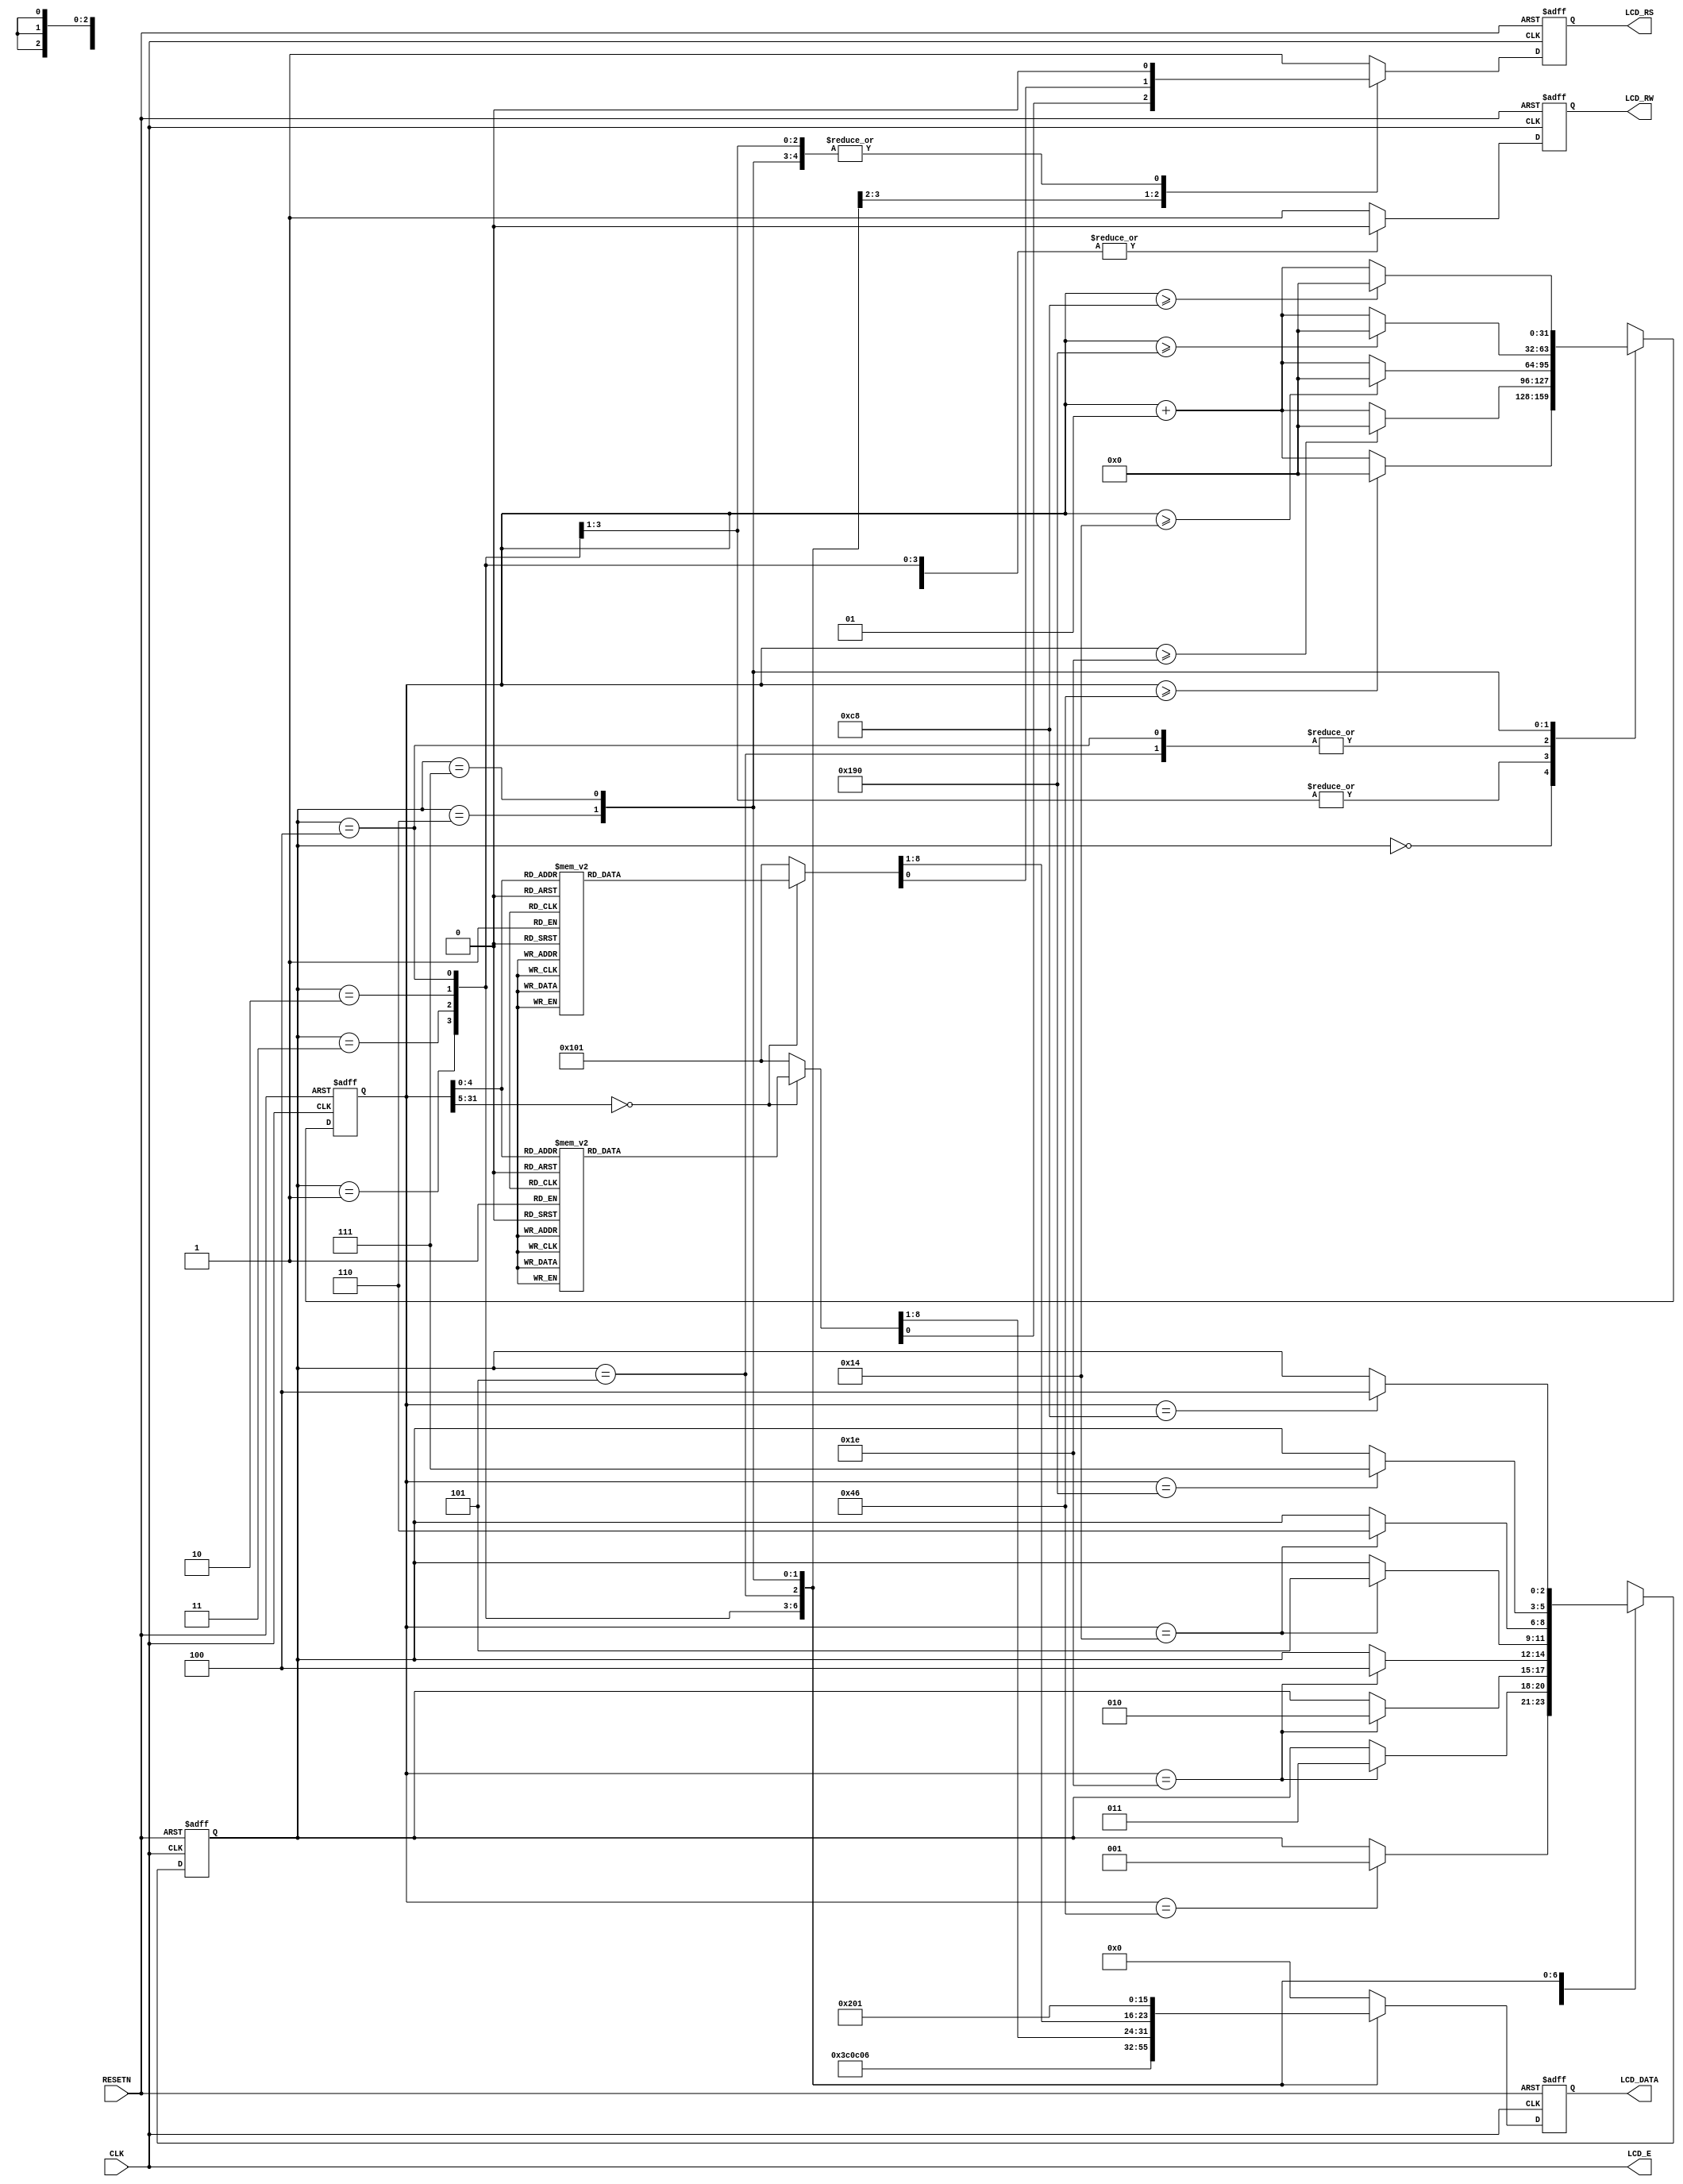
module before_game(
RESETN, CLK, LCD_E, LCD_RS, LCD_RW, LCD_DATA);

input RESETN, CLK;
output LCD_E, LCD_RS, LCD_RW;
output [7:0]LCD_DATA;

wire LCD_E;
reg LCD_RS, LCD_RW;
reg [7:0]LCD_DATA;
reg [2:0]STATE;
parameter DELAY = 3'b000,	FUNCTION_SET = 3'b001,
			ENTRY_MODE = 3'b010, DISP_ONOFF = 3'b011,
			LINE1 = 3'b100, LINE2 = 3'b101,
			DELAY_T = 3'b110, CLEAR_DISP = 3'b111;

integer CNT;

always @(posedge RESETN or posedge CLK)
begin
	if(RESETN)	STATE = DELAY;
	else
		begin
			case (STATE)
				DELAY: if(CNT==70) STATE=FUNCTION_SET;
				FUNCTION_SET: if(CNT==30) STATE=DISP_ONOFF;
				DISP_ONOFF: if(CNT==30) STATE = ENTRY_MODE;
				ENTRY_MODE: if(CNT==30) STATE=LINE1;
				LINE1: if(CNT==20) STATE=LINE2;
				LINE2: if(CNT==20) STATE=DELAY_T;
				DELAY_T: if(CNT==400) STATE = CLEAR_DISP;
				CLEAR_DISP: if(CNT==200) STATE=LINE1;
				default: STATE=DELAY;
			endcase
		end
end

always @(posedge RESETN or posedge CLK)
begin
	if(RESETN) CNT = 0;
	else
		begin
			case(STATE)
				DELAY: if(CNT>=70) CNT = 0;
						else CNT = CNT+1;
				FUNCTION_SET: if(CNT>=30) CNT = 0;
									else CNT = CNT + 1;
				DISP_ONOFF: if(CNT>=30) CNT = 0;
								else CNT = CNT+1;
				ENTRY_MODE: if(CNT>=30) CNT = 0;
								else CNT = CNT+1;
				LINE1: if(CNT>=20) CNT = 0;
								else CNT = CNT+1;
				LINE2: if(CNT>=20) CNT = 0;
								else CNT = CNT+1;
				DELAY_T: if(CNT>=400) CNT = 0;
								else CNT = CNT+1;
				CLEAR_DISP: if(CNT>=200) CNT = 0;
								else CNT = CNT+1;
				default: CNT=0;
			endcase
		end
end

always @(posedge RESETN or posedge CLK)
begin
	if(RESETN) begin
		LCD_RS = 1'b0;
		LCD_RW = 1'b1;
		LCD_DATA = 8'b00000000;
		end
	else begin
		case(STATE)
			FUNCTION_SET: begin
				LCD_RS = 1'b0; LCD_RW = 1'b0;
				LCD_DATA = 8'b00111100;
				end
			DISP_ONOFF: begin
				LCD_RS = 1'b0; LCD_RW = 1'b0;
				LCD_DATA = 8'b00001100;
				end
			ENTRY_MODE: begin
				LCD_RS = 1'b0; LCD_RW = 1'b0;
				LCD_DATA = 8'b00000110;
				end
			LINE1: begin
				LCD_RW = 1'b0;
				
				case(CNT)
					0:begin
						LCD_RS = 1'b0; LCD_DATA = 8'b10000000;
					end
					1:begin
						LCD_RS = 1'b1; LCD_DATA = 8'b10000000;
						end
					2:begin
						LCD_RS = 1'b1; LCD_DATA = 8'b01001111;
					end
					3:begin
						LCD_RS = 1'b1; LCD_DATA = 8'b01101110;
						end
					4:begin
						LCD_RS = 1'b1; LCD_DATA = 8'b10000000;
						end
					5:begin
						LCD_RS = 1'b1; LCD_DATA = 8'b01110011;
						end
					6:begin
						LCD_RS = 1'b1; LCD_DATA = 8'b01110111;
						end
					7:begin
						LCD_RS = 1'b1; LCD_DATA = 8'b01101001;
						end
					8:begin
						LCD_RS = 1'b1; LCD_DATA = 8'b01110100;
						end
					9:begin
						LCD_RS = 1'b1; LCD_DATA = 8'b01100011;
						end
					10:begin
						LCD_RS = 1'b1; LCD_DATA = 8'b01101000;
						end
					11:begin
						LCD_RS = 1'b1; LCD_DATA = 8'b10000000;
						end
					12:begin
						LCD_RS = 1'b1; LCD_DATA = 8'b00111000;
						end
					13:begin
						LCD_RS = 1'b1; LCD_DATA = 8'b10000000;
						end
					14:begin
						LCD_RS = 1'b1; LCD_DATA = 8'b10000000;
						end
					15:begin
						LCD_RS = 1'b1; LCD_DATA = 8'b10000000;
						end
					16:begin
						LCD_RS = 1'b1; LCD_DATA = 8'b10000000;
						end
					default:begin
						LCD_RS = 1'b1; LCD_DATA = 8'b10000000;
						end
					endcase
				end
			LINE2: begin
				
				LCD_RW = 1'b0;
				
				case(CNT)
					0:begin
						LCD_RS = 1'b0; LCD_DATA = 8'b11000000;
					end
					1:begin
						LCD_RS = 1'b1; LCD_DATA = 8'b10000000;
					end
					2:begin
						LCD_RS = 1'b1; LCD_DATA = 8'b01100100;
						end
					3:begin
						LCD_RS = 1'b1; LCD_DATA = 8'b01101111;
						end
					4:begin
						LCD_RS = 1'b1; LCD_DATA = 8'b10000000;
						end
					5:begin
						LCD_RS = 1'b1; LCD_DATA = 8'b01110011;
						end
					6:begin
						LCD_RS = 1'b1; LCD_DATA = 8'b01110100;
						end
					7:begin
						LCD_RS = 1'b1; LCD_DATA = 8'b01100001;
						end
					8:begin
						LCD_RS = 1'b1; LCD_DATA = 8'b01110010;
						end
					9:begin
						LCD_RS = 1'b1; LCD_DATA = 8'b01110100;
						end
					10:begin
						LCD_RS = 1'b1; LCD_DATA = 8'b10000000;
						end
					11:begin
						LCD_RS = 1'b1; LCD_DATA = 8'b01100111;
						end
					12:begin
						LCD_RS = 1'b1; LCD_DATA = 8'b01100001;
						end
					13:begin
						LCD_RS = 1'b1; LCD_DATA = 8'b01101101;
						end
					14:begin
						LCD_RS = 1'b1; LCD_DATA = 8'b01100101;
						end
					15:begin
						LCD_RS = 1'b1; LCD_DATA = 8'b10000000;
						end
					16:begin
						LCD_RS = 1'b1; LCD_DATA = 8'b10000000;
						end
					default:begin
						LCD_RS = 1'b1; LCD_DATA = 8'b10000000;
						end
					endcase
				end
			DELAY_T:begin
				LCD_RS = 1'b0; LCD_RW=1'b0;
				LCD_DATA = 8'b00000010;
				end
			CLEAR_DISP:begin
				LCD_RS = 1'b0; LCD_RW=1'b0;
				LCD_DATA = 8'b00000001;
				end
			default: begin
				LCD_RS = 1'b1; LCD_RW=1'b1;
				LCD_DATA = 8'b00000000  ;
				end
			endcase
		end
	end
	
	assign LCD_E = CLK;
	
	endmodule